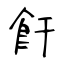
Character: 飦